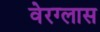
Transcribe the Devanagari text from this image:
वेरग्लास